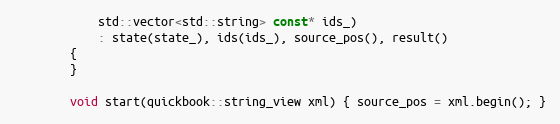
Language: C++
            std::vector<std::string> const* ids_)
            : state(state_), ids(ids_), source_pos(), result()
        {
        }

        void start(quickbook::string_view xml) { source_pos = xml.begin(); }